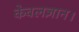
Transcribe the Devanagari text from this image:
केवलज्ञान।